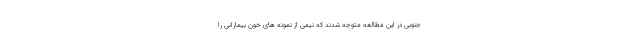
جنوبی در این مطالعه متوجه شدند که نیمی از نمونه های خون بیمارانی را